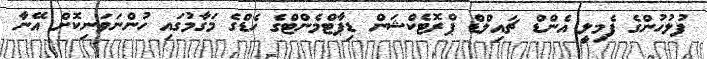
ފުލުހުންގެ ފެމިލީ އެންޑް ޗައިލްޑް ޕްރޮޓެކްޝަން ޑިޕާޓްމެންޓްގެ ހެޑްގެ މަގާމުގައި ހުންނަވަނިކޮށް އޭނާ